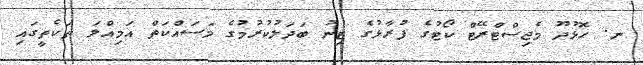
ނ. ހޮޅުދޫ މެޖިސްޓްރޭޓް ކޯޓުގެ ފުރާޅުގެ ޓިނު ބަދަލުކުރުމުގެ މަސައްކަތް އަމިއްލަ ތަކެތީގައި